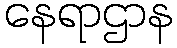
နေရာဌာန